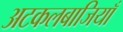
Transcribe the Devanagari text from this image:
अटकलबाजियाँ